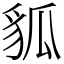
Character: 𧲲